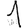
Digit: 1